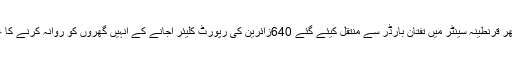
تفصیلات کے مطابق سکھر قرنطینہ سینٹر میں تفتان بارڈر سے منتقل کیئے گئے 640زائرین کی رپورٹ کلیئر آجانے کے انہیں گھروں کو روانہ کرنے کا عمل شروع کردیا گیا ہے۔